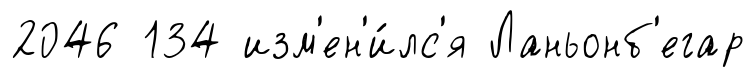
2046 134 изм'ен'и́лс'я Ланьонб'егар